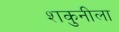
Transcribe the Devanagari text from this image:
शकुनीला